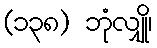
(၁၃၈) ဘုံလျှို၊